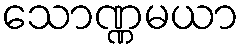
သောဏ္ဏမယာ